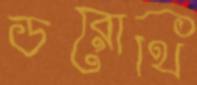
ডরোথি